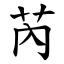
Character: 芮